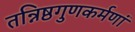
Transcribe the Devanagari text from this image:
तन्निष्ठगुणकर्मणां